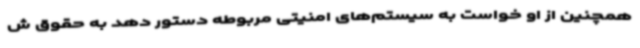
همچنین از او خواست به سیستم‌های امنیتی مربوطه دستور دهد به حقوق ش